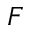
F